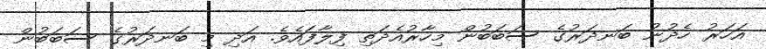
އަހަރު ހެދުނު ބަނދަރުގެ ސަބަބުން މިހާރުއެދަތި ފިލާފައެވެ. އަދި މި ބަނދަރުގެ ސަބަބުން